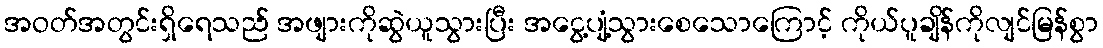
အဝတ်အတွင်းရှိရေသည် အဖျားကိုဆွဲယူသွားပြီး အငွေ့ပျံ့သွားစေသောကြောင့် ကိုယ်ပူချိန်ကိုလျင်မြန်စွာ